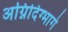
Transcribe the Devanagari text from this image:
अग्निदिग्भागे